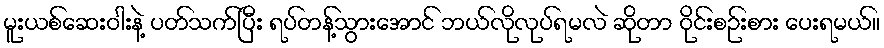
မူးယစ်ဆေးဝါးနဲ့ ပတ်သက်ပြီး ရပ်တန့်သွားအောင် ဘယ်လိုလုပ်ရမလဲ ဆိုတာ ဝိုင်းစဉ်းစား ပေးရမယ်။